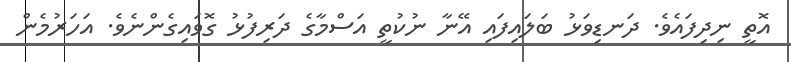
އޮތީ ނިދިފައެވެ. ދަނޑިވަޅު ބަލައިފައި އޭނާ ނުކުތީ އަސްމާގެ ދަރިފުޅު ގޮވައިގެންނެވެ. އަހަރުމެން